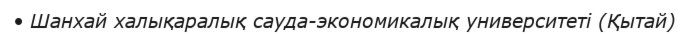
• Шанхай халықаралық сауда-экономикалық университеті (Қытай)